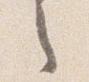
之